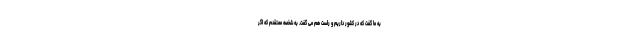
به ما گفت که در کشور داریم و راست هم می گفت. به شخصه معتقدم که اگر